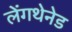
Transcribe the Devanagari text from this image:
लेंगथेनेड